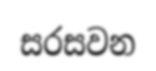
සරසවන